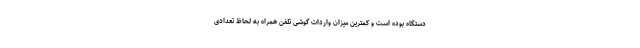
دستگاه بوده است و کمترین میزان واردات گوشی تلفن همراه به لحاظ تعدادی